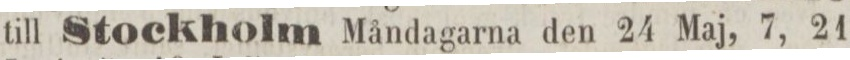
till Stockholm Måndagarna den 24 Maj, 7, 21